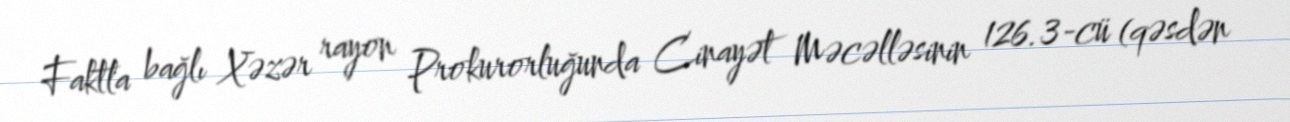
Faktla bağlı Xəzər rayon Prokurorluğunda Cinayət Məcəlləsinin 126.3-cü (qəsdən